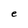
Character: e